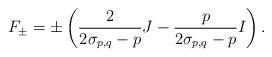
LaTeX: \begin{align*}F_{\pm }=\pm \left(\frac{2}{2\sigma _{p, q}-p}J-\frac{p}{2\sigma _{p, q}-p}I\right).\end{align*}